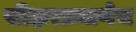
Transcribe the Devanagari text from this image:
सीझरप्रमाणेच